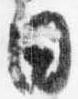
日